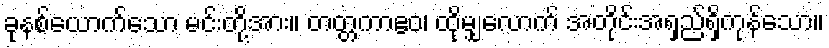
ခုနစ်ယောက်သော မင်းတို့အား။ တတ္တကာဧဝ၊ ထိုမျှလောက် အတိုင်းအရှည်ရှိကုန်သော။